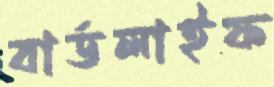
বার্ডলাইফ